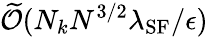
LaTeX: \widetilde{\mathcal{O}}(N_{k}N^{3/2}\lambda_{\mathrm{SF}}/\epsilon)